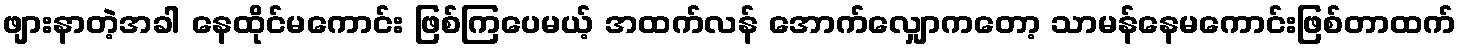
ဖျားနာတဲ့အခါ နေထိုင်မကောင်း ဖြစ်ကြပေမယ့် အထက်လန် အောက်လျှောကတော့ သာမန်နေမကောင်းဖြစ်တာထက်